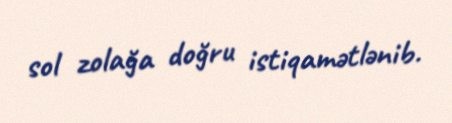
sol zolağa doğru istiqamətlənib.